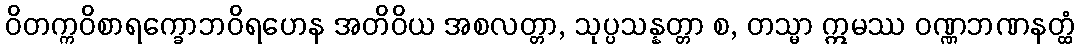
ဝိတက္ကဝိစာရက္ခောဘဝိရဟေန အတိဝိယ အစလတ္တာ, သုပ္ပသန္နတ္တာ စ, တသ္မာ ဣမဿ ဝဏ္ဏဘဏနတ္ထံ